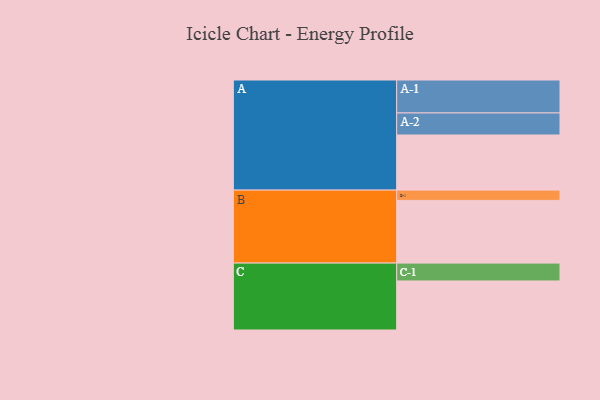
{"axis": {"x": "Segment", "y": "Value"}, "legend": ["", "A", "B", "C"], "data": [{"x": "A", "y": 435, "type": ""}, {"x": "B", "y": 495, "type": ""}, {"x": "C", "y": 387, "type": ""}, {"x": "A-1", "y": 260, "type": "A"}, {"x": "A-2", "y": 174, "type": "A"}, {"x": "B-1", "y": 81, "type": "B"}, {"x": "C-1", "y": 141, "type": "C"}]}